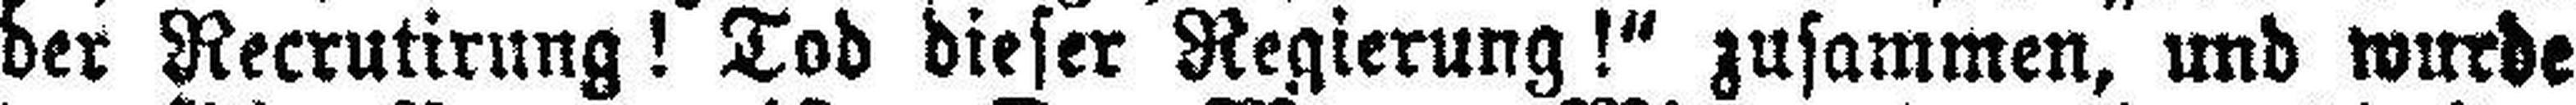
der Recrutirung! Tod dieser Regierung!“ zusammen, und wurde